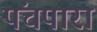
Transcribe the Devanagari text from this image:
पंचपारा